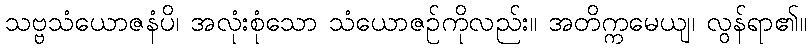
သဗ္ဗသံယောဇနံပိ၊ အလုံးစုံသော သံယောဇဉ်ကိုလည်း။ အတိက္ကမေယျ၊ လွန်ရာ၏။